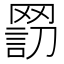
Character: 𦋬